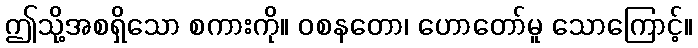
ဤသို့အစရှိသော စကားကို။ ဝစနတော၊ ဟောတော်မူ သောကြောင့်။